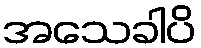
အသေခါပိ